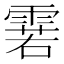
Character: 𮦝